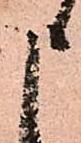
申